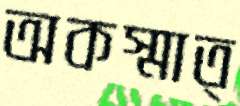
অকস্মাত্